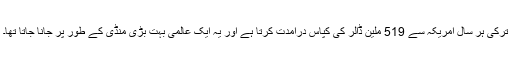
ترکی ہر سال امریکہ سے 519 ملین ڈالر کی کپاس درآمدت کرتا ہے اور یہ ایک عالمی بہت بڑی منڈی کے طور پر جانا جاتا تھا۔